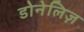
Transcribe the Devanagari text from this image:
डोनेलिज़